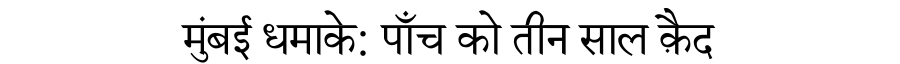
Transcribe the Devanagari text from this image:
मुंबई धमाके: पाँच को तीन साल क़ैद